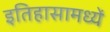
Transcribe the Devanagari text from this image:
इतिहासामध्यें